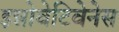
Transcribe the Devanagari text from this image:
इन्नोवेटिवेनेस